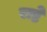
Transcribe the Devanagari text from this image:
राष्टे